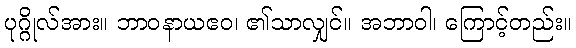
ပုဂ္ဂိုလ်အား။ ဘာဝနာယဧဝ၊ ၏သာလျှင်။ အဘာဝါ၊ ကြောင့်တည်း။